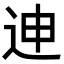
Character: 迧